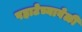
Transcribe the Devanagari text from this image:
पहाटेच्यावेळी